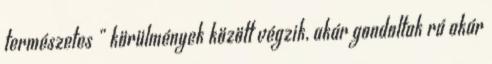
természetes ” körülmények között végzik, akár gondoltak rá akár